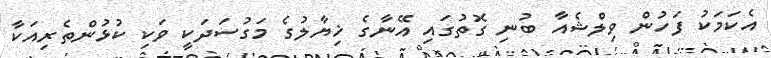
އެކަމަކު ފަހުން ވިލްޝެއާ ބުނި ގޮތުގައި އޭނާގެ ޚިޔާލުގެ މަގުސަދަކީ ވަކި ކުޅުންތެރިއަކާ